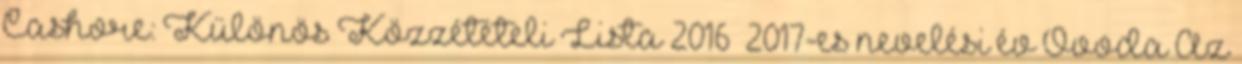
Cashore: Különös Közzétételi Lista 2016 2017-es nevelési év Óvoda Az